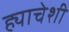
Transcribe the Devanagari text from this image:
ह्याचेशी